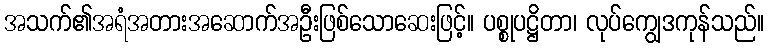
အသက်၏အရံအတားအဆောက်အဦးဖြစ်သောဆေးဖြင့်။ ပစ္စုပဋ္ဌိတာ၊ လုပ်ကျွေဒကုန်သည်။